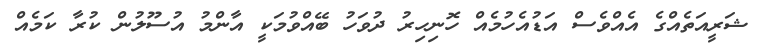
ޝަރީއަތެއްގެ އެއްވެސް އަޑުއެހުމެއް ހޮނިހިރު ދުވަހު ބޭއްވުމަކީ އާންމު އުސޫލުން ކުރާ ކަމެއް